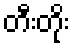
တီးတိုး